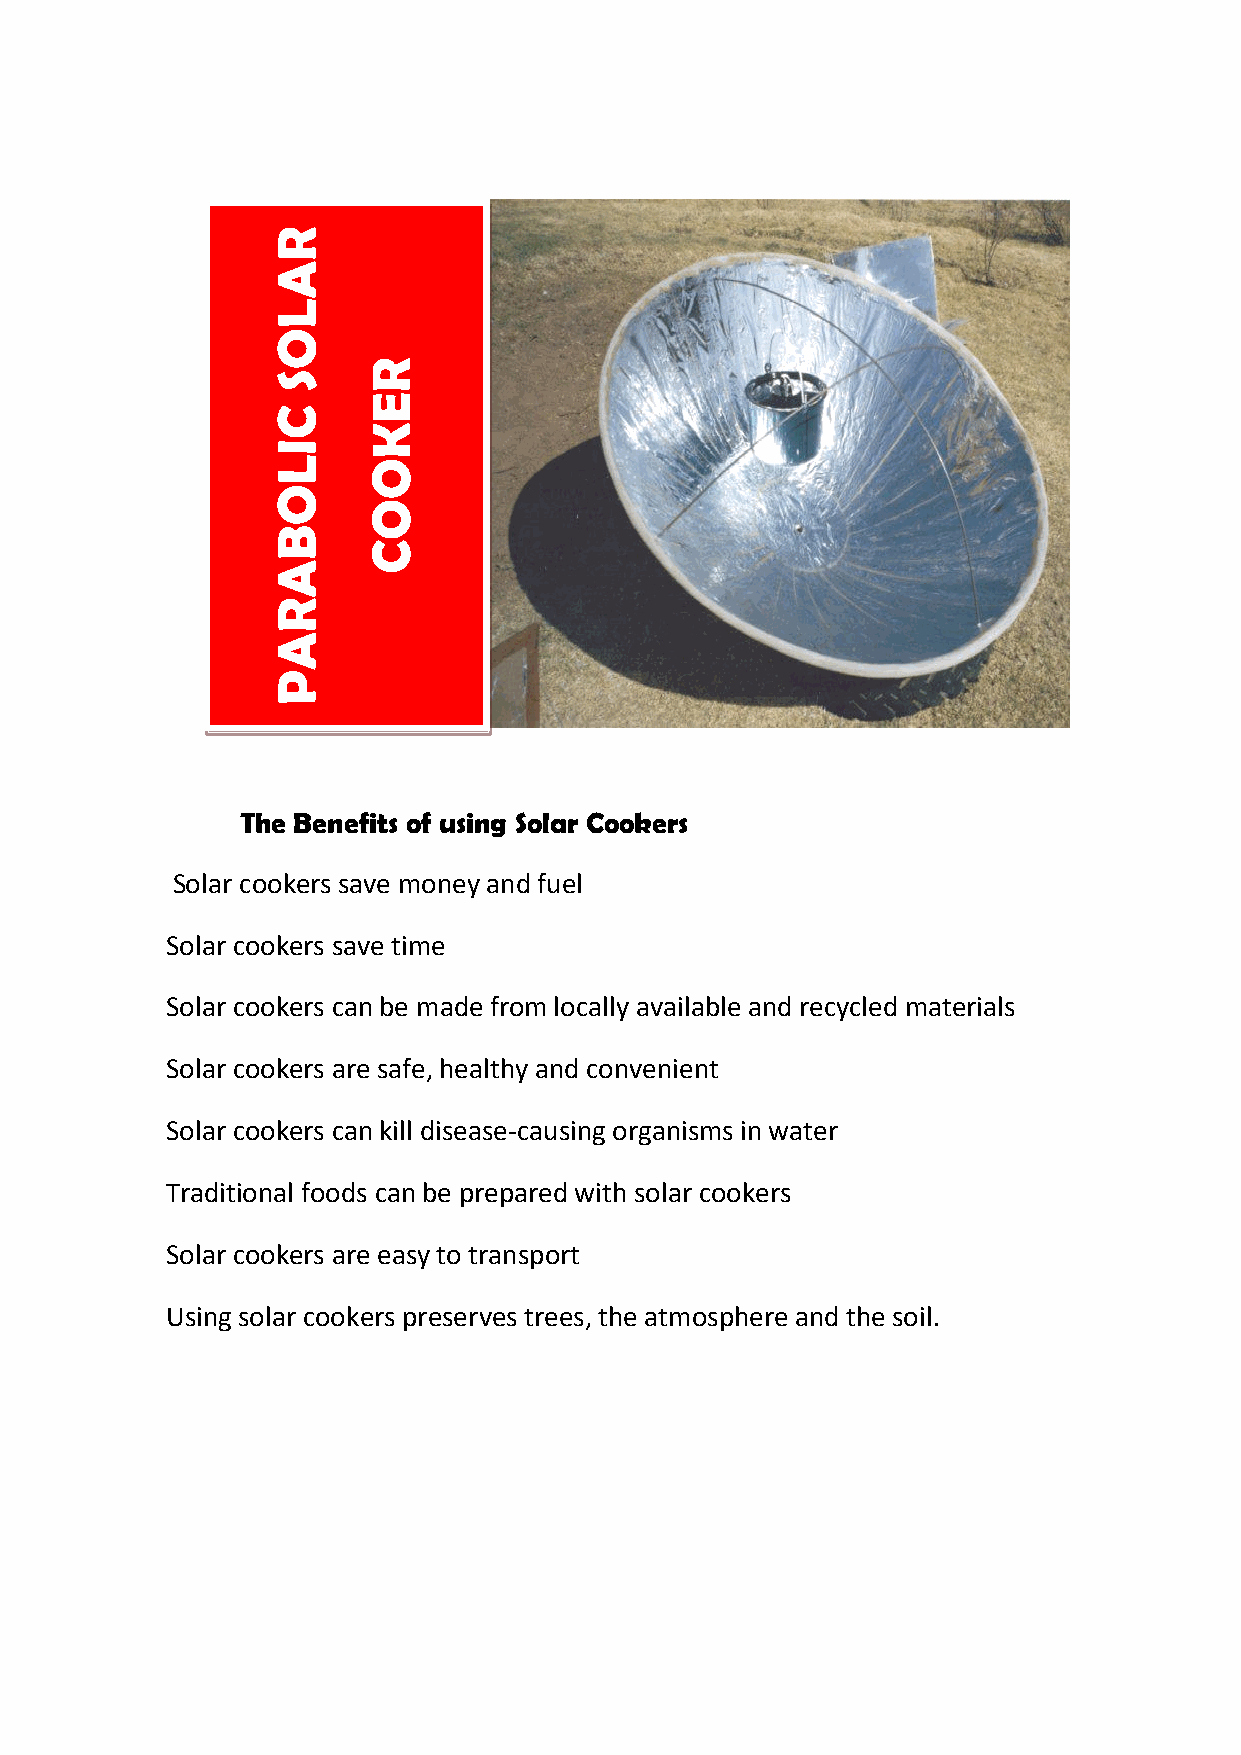
R
 A
 L
 O
 R
 S
 E
 C
 K
 I
 L     O
 O
 O
 B
 C
 A
 R
 A
 P
 The Benefits of using Solar Cookers
 Solar cookers save money and fuel
 Solar cookers save time
 Solar cookers can be made from locally available and recycled materials
 Solar cookers are safe, healthy and convenient
 Solar cookers can kill disease-causing organisms in water
 Traditional foods can be prepared with solar cookers
 Solar cookers are easy to transport
 Using solar cookers preserves trees, the atmosphere and the soil.